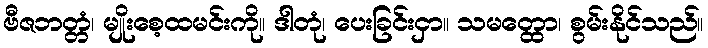
ဗီဇဘတ္တံ၊ မျိုးစေ့ထမင်းကို။ ဒါတုံ၊ ပေးခြင်းငှာ။ သမတ္ထော၊ စွမ်းနိုင်သည်။